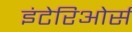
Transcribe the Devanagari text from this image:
इंटेरिओर्स